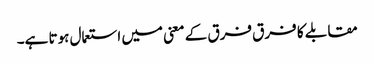
مقابلے کا فرق فرق کے معنی میں استعمال ہوتا ہے۔